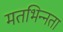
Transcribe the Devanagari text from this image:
मतभिन्‍नता